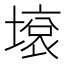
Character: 㙥